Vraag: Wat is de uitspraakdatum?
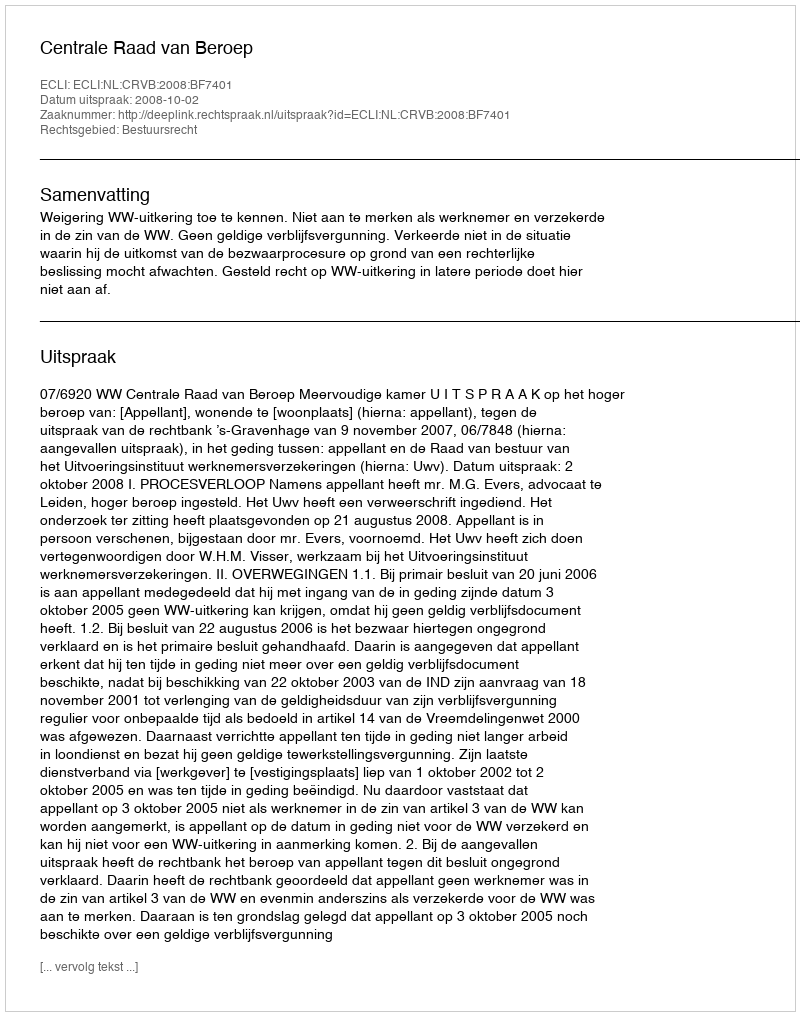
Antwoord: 2008-10-02